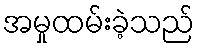
အမှုထမ်းခဲ့သည်